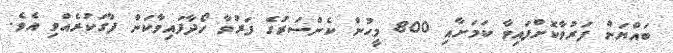
ބައްޔަށް ފަރުވާކޮށްފައިވާ ކަމަށާއި 800 މީހުން ކެންސަރުގެ ފަރުވާ ހޯދާފައިވާކަން ފާގަކުރެއްވި އެވެ.